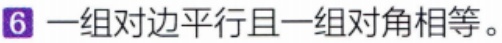
6 一组对边平行且一组对角相等。